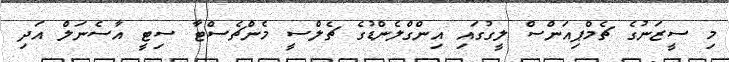
މި ސީޒަނުގެ ޗެމްޕިއަންސް ލީގުގައި އިންގްލެންޑުގެ ޗެލްސީ މެންޗެސްޓާ ސިޓީ އާސެނަލް އަދި